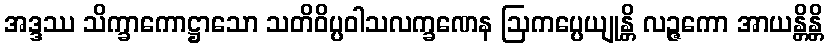
အဒ္ဒဿ သိက္ခာကောဋ္ဌာသော သတိဝိပ္ပဝါသလက္ခဏေန ဩကပ္ပေယျုန္တိ လဉ္ဇကော အာယန္တိန္တိ